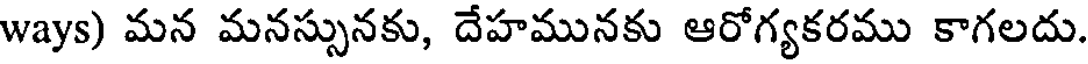
ways) మన మనస్సునకు, దేహమునకు ఆరోగ్యకరము కాగలదు.